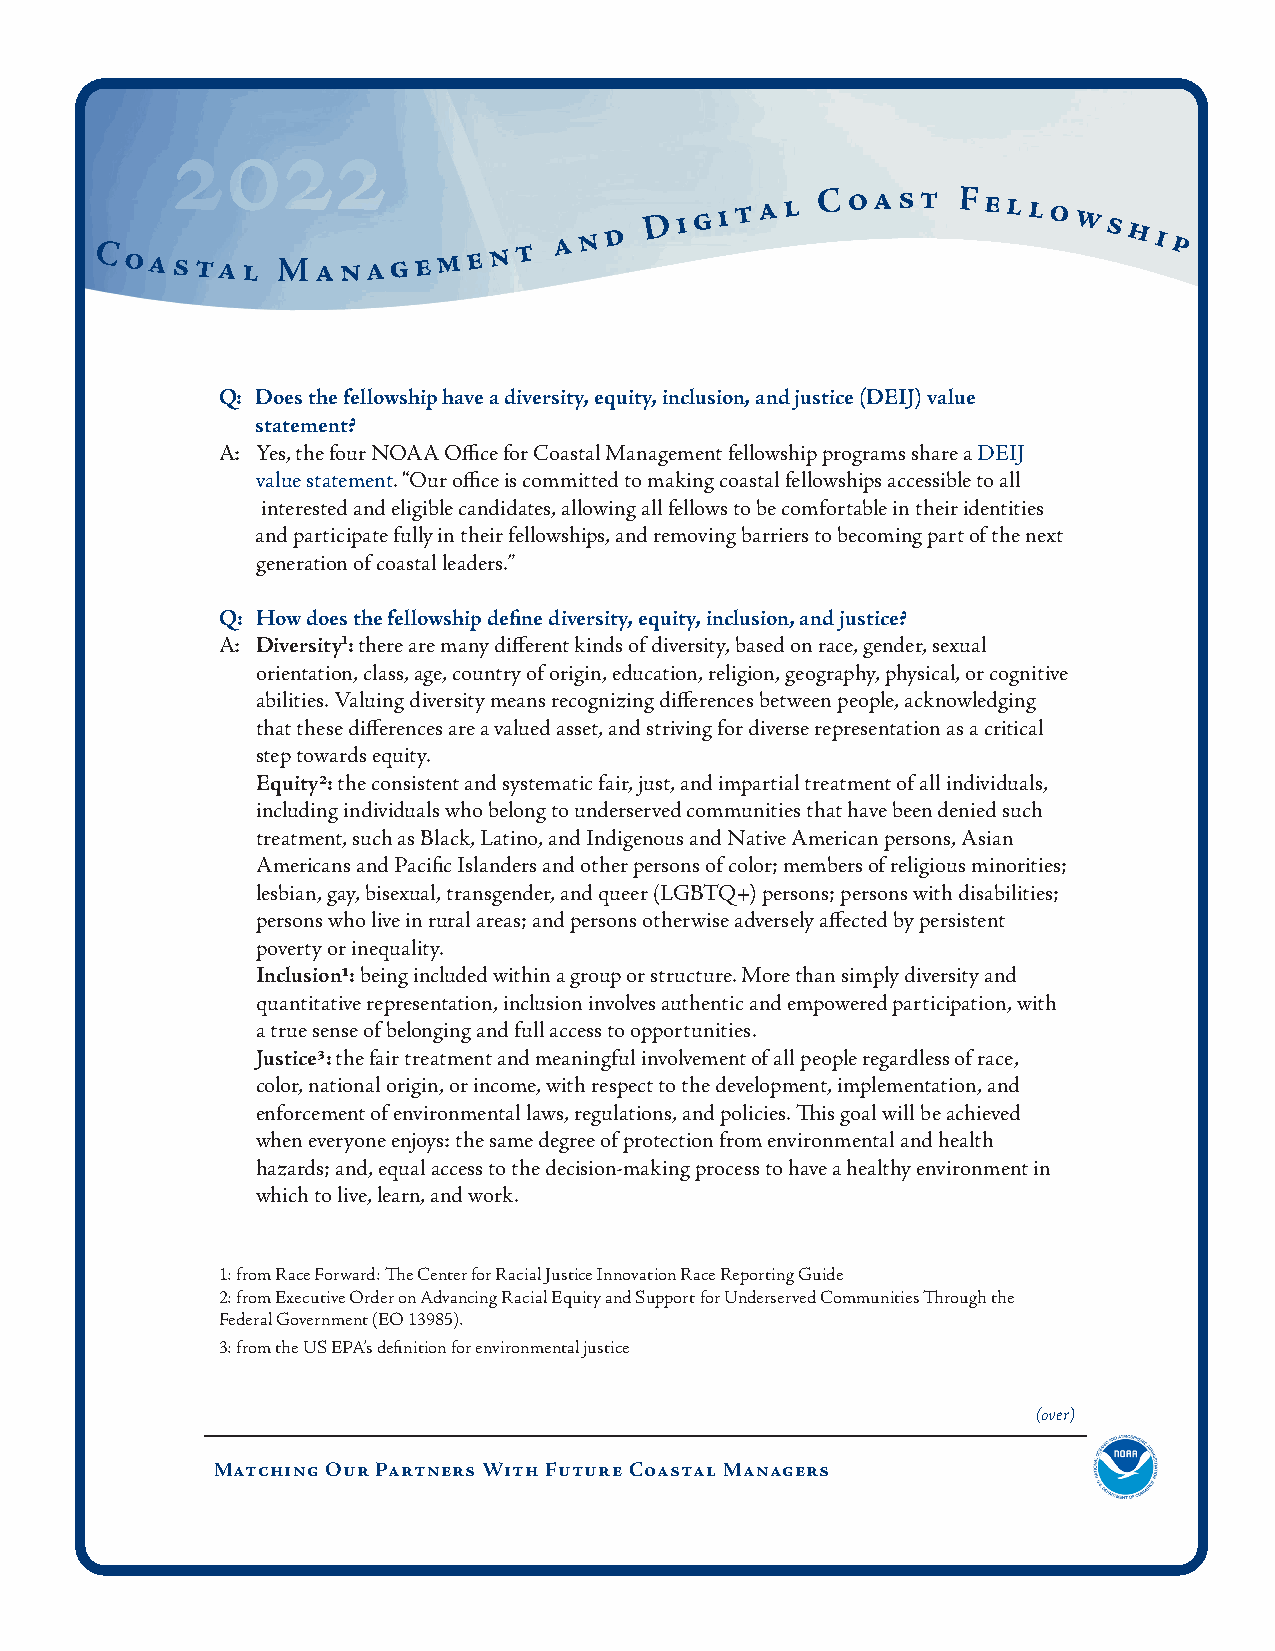
2022
 Coastal     Ma   n a g e m e n t a n d
 D i g i t a l C oast Fello  ws
 hi p
 Q: Does the fellowship have a diversity, equity, inclusion, and justice (DEIJ) value
 statement?
 A: Yes, the four NOAA Office for Coastal Management fellowship programs share a DEIJ
 value statement. “Our office is committed to making coastal fellowships accessible to all
 interested and eligible candidates, allowing all fellows to be comfortable in their identities
 and participate fully in their fellowships, and removing barriers to becoming part of the next
 generation of coastal leaders.”
 Q: How does the fellowship define diversity, equity, inclusion, and justice?
 A: Diversity1: there are many different kinds of diversity, based on race, gender, sexual
 orientation, class, age, country of origin, education, religion, geography, physical, or cognitive
 abilities. Valuing diversity means recognizing differences between people, acknowledging
 that these differences are a valued asset, and striving for diverse representation as a critical
 step towards equity.
 Equity2: the consistent and systematic fair, just, and impartial treatment of all individuals,
 including individuals who belong to underserved communities that have been denied such
 treatment, such as Black, Latino, and Indigenous and Native American persons, Asian
 Americans and Pacific Islanders and other persons of color; members of religious minorities;
 lesbian, gay, bisexual, transgender, and queer (LGBTQ+) persons; persons with disabilities;
 persons who live in rural areas; and persons otherwise adversely affected by persistent
 poverty or inequality.
 Inclusion1: being included within a group or structure. More than simply diversity and
 quantitative representation, inclusion involves authentic and empowered participation, with
 a true sense of belonging and full access to opportunities.
 Justice3: the fair treatment and meaningful involvement of all people regardless of race,
 color, national origin, or income, with respect to the development, implementation, and
 enforcement of environmental laws, regulations, and policies. This goal will be achieved
 when everyone enjoys: the same degree of protection from environmental and health
 hazards; and, equal access to the decision-making process to have a healthy environment in
 which to live, learn, and work.
 1: from Race Forward: The Center for Racial Justice Innovation Race Reporting Guide
 2: from Executive Order on Advancing Racial Equity and Support for Underserved Communities Through the
 Federal Government (EO 13985).
 3: from the US EPA’s definition for environmental justice
 (over)
 Matching Our Partners With Future Coastal Managers